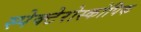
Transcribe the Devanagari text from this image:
स्पेक्टेरोस्कोपिक